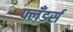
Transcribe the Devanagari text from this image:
फ्लँडर्स